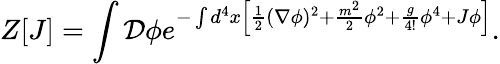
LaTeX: Z[J]=\int{\mathcal{D}}\phi e^{-\int d^{4}x\left[{\frac{1}{2}}(\nabla\phi)^{2}+{\frac{m^{2}}{2}}\phi^{2}+{\frac{g}{4!}}\phi^{4}+J\phi\right]}.